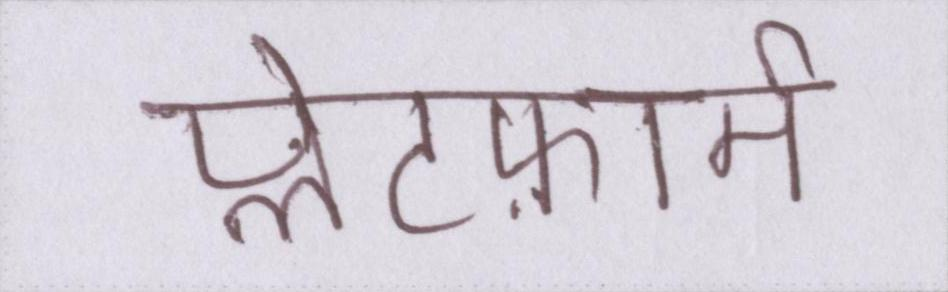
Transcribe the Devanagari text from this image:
प्लेटफ़ार्म